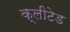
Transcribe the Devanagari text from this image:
क्लीटेड